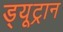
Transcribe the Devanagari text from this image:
ड्यूट्रान